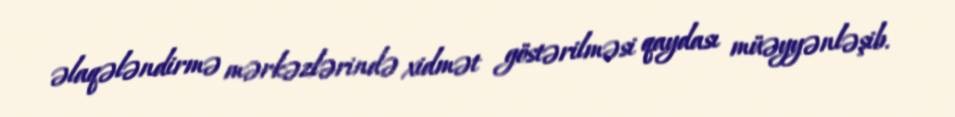
əlaqələndirmə mərkəzlərində xidmət göstərilməsi qaydası müəyyənləşib.